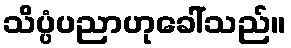
သိပ္ပံပညာဟုခေါ်သည်။